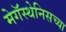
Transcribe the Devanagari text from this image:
मेगॅस्थेनिसच्या